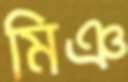
মিঞ